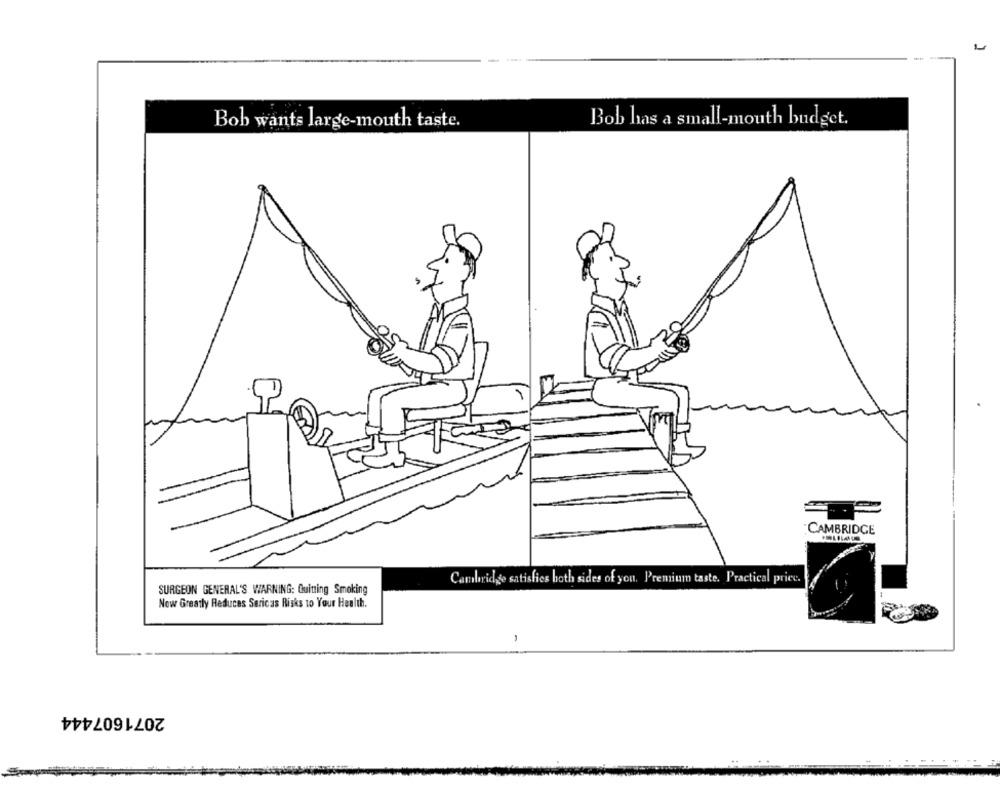
Bob wants large-mouth taste.
Bob has a small-mouth budget.
CAMBRIDGE
Cambridge satisfies both sides of you. Premium taste. Practical price.
SURGEON GENERAL'S WARNING: Quitting Smoking
Now Greatly Reduces Sericas Risks to Your Health.
2071607444